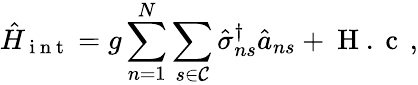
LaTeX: \hat{H}_{\mathrm{~i~n~t~}}=g\sum_{n=1}^{N}\sum_{s\in{\mathcal C}}\hat{\sigma}_{ns}^{\dagger}\hat{a}_{ns}+\mathrm{~H~.~c~}\, ,